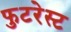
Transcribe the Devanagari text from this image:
फुटरेस्ट